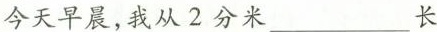
今天早晨，我从2分米___长